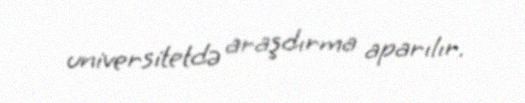
universitetdə araşdırma aparılır.